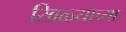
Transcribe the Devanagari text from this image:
खिळ्याच्या